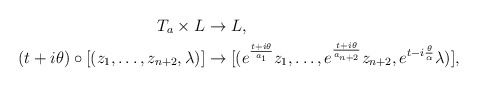
\begin{align*} T_a\times L&\rightarrow L, \\(t+i\theta)\circ[(z_1,\ldots,z_{n+2},\lambda)]&\rightarrow[(e^{\frac{t+i\theta}{a_1}}z_1,\ldots,e^{\frac{t+i\theta}{a_{n+2}}}z_{n+2},e^{t-i\frac{\theta}{\alpha}}\lambda)],\end{align*}